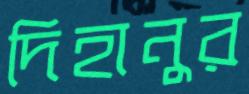
দিহানুর